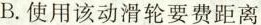
B.使用该动滑轮要费距离